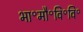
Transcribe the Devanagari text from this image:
भा॰मौ॰वि॰वि॰